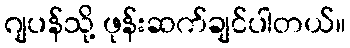
ဂျပန်သို့ ဖုန်းဆက်ချင်ပါတယ်။